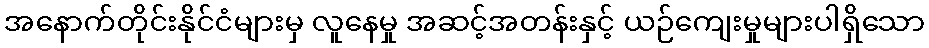
အနောက်တိုင်းနိုင်ငံများမှ လူနေမှု အဆင့်အတန်းနှင့် ယဉ်ကျေးမှုများပါရှိသော